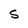
Character: s